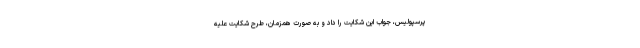
پرسپولیس، جواب این شکایت را داد و به صورت همزمان، طرح شکایت علیه